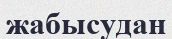
жабысудан